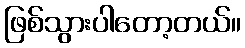
ဖြစ်သွားပါတော့တယ်။